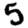
Digit: 5